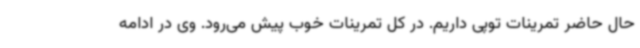
حال حاضر تمرینات توپی داریم. در کل تمرینات خوب پیش می‌رود. وی در ادامه